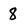
Character: 8